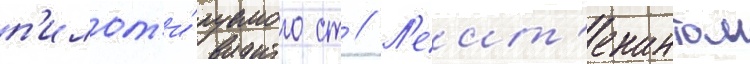
п'илот'и́руемого ст // Л'еит'енантом